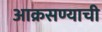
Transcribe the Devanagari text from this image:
आक्रसण्याची